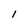
Character: I